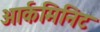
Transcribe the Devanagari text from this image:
आर्कमिनिट